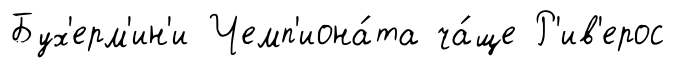
Бух'ерм'ин'и Чемп'иона́та ча́ще Р'ив'ерос